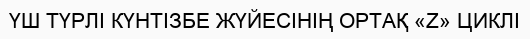
ҮШ ТҮРЛІ КҮНТІЗБЕ ЖҮЙЕСІНІҢ ОРТАҚ «Z» ЦИКЛІ